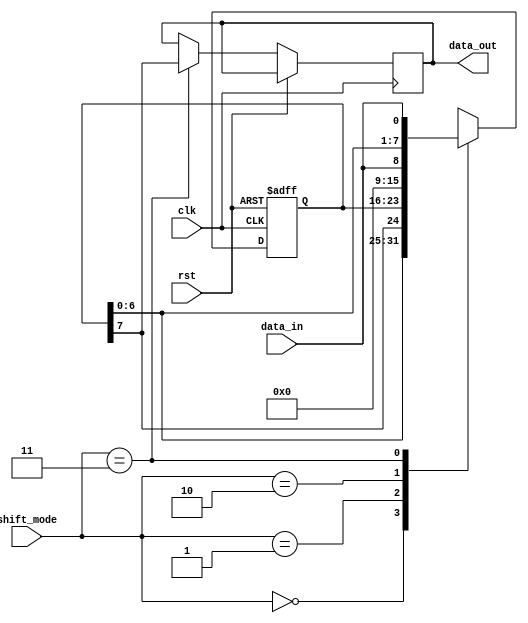
module shift_register (
    input wire clk,
    input wire rst,
    input wire [1:0] shift_mode,  // 00: right shift, 01: left shift, 10: parallel load, 11: serial I/O
    input wire data_in,
    output reg data_out
);

reg [7:0] shift_reg;

always @(posedge clk or posedge rst)
begin
    if (rst)
        shift_reg <= 8'b0;
    else
    begin
        case (shift_mode)
            2'b00: shift_reg <= {shift_reg[6:0], shift_reg[7]};  // right shift
            2'b01: shift_reg <= {shift_reg[1:7], shift_reg[0]};  // left shift
            2'b10: shift_reg <= data_in;  // parallel load
            2'b11: begin  // serial I/O
                shift_reg <= {shift_reg[6:0], data_in};
                data_out <= shift_reg[7];
            end
            default: shift_reg <= shift_reg;  // No operation
        endcase
    end
end

endmodule